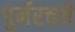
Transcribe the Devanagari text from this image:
पुर्नरचने